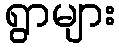
ရွာများ